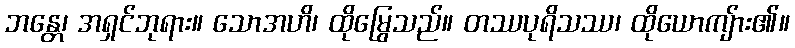
ဘန္တေ၊ အရှင်ဘုရား။ သောအဟိ၊ ထိုမြွေသည်။ တဿပုရိသဿ၊ ထိုယောကျ်ား၏။